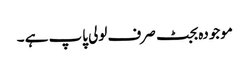
موجودہ بجٹ صرف لولی پاپ ہے ۔